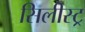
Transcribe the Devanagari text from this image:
सिलीस्ट्र